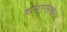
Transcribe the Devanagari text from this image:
वाय्‌एस्‌आर